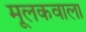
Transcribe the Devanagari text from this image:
मूलकवाला